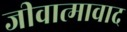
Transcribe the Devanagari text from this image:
जीवात्मावाद